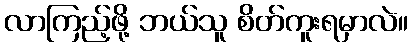
လာကြည့်ဖို့ ဘယ်သူ စိတ်ကူးရမှာလဲ။